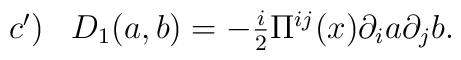
\begin{array}{lr}c')& D_1(a,b)=-\frac{i}2\Pi ^{ij}(x)\partial_ia\partial_jb.\end{array}